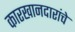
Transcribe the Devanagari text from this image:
कारखानदारांचे